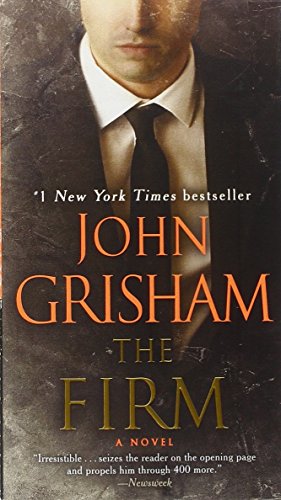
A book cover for The Firm: A Novel; John Grisham; Mystery, Thriller & Suspense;